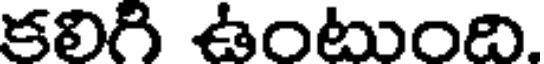
కలిగి ఉంటుంది.